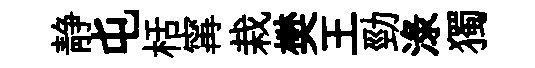
静屯栝𡩋栽樊王勁渌獨